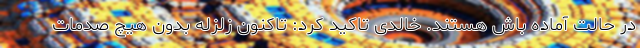
در حالت آماده باش هستند. خالدی تاکید کرد: تاکنون زلزله بدون هیچ صدمات